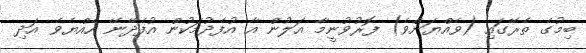
ބިމުގެ ތެރޭގައި (ވެއްޔަށްވެ) ފޮރުވުނީމާ އަލުން އާ އުފެދުމަކުން އުފެދޭނޭ ހެއްޔެވެ އަދި